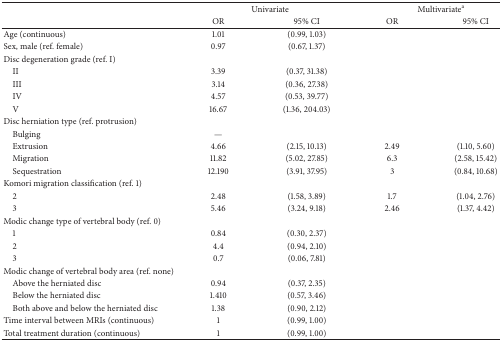
|  | <COLSPAN=2> Univariate | <COLSPAN=2> Multivariatea |
 |  | OR | 95% CI | OR | 95% CI |
 | --- | --- | --- | --- | --- |
 | Age (continuous) | 1.01 | (0.99, 1.03) |  |  |
 | Sex, male (ref. female) | 0.97 | (0.67, 1.37) |  |  |
 | <COLSPAN=5> Disc degeneration grade (ref. I) |
 | II | 3.39 | (0.37, 31.38) |  |  |
 | III | 3.14 | (0.36, 27.38) |  |  |
 | IV | 4.57 | (0.53, 39.77) |  |  |
 | V | 16.67 | (1.36, 204.03) |  |  |
 | <COLSPAN=5> Disc herniation type (ref. protrusion) |
 | Bulging | — |  |  |  |
 | Extrusion | 4.66 | (2.15, 10.13) | 2.49 | (1.10, 5.60) |
 | Migration | 11.82 | (5.02, 27.85) | 6.3 | (2.58, 15.42) |
 | Sequestration | 12.190 | (3.91, 37.95) | 3 | (0.84, 10.68) |
 | <COLSPAN=5> Komori migration classification (ref. 1) |
 | 2 | 2.48 | (1.58, 3.89) | 1.7 | (1.04, 2.76) |
 | 3 | 5.46 | (3.24, 9.18) | 2.46 | (1.37, 4.42) |
 | <COLSPAN=5> Modic change type of vertebral body (ref. 0) |
 | 1 | 0.84 | (0.30, 2.37) |  |  |
 | 2 | 4.4 | (0.94, 2.10) |  |  |
 | 3 | 0.7 | (0.06, 7.81) |  |  |
 | <COLSPAN=5> Modic change of vertebral body area (ref. none) |
 | Above the herniated disc | 0.94 | (0.37, 2.35) |  |  |
 | Below the herniated disc | 1.410 | (0.57, 3.46) |  |  |
 | Both above and below the herniated disc | 1.38 | (0.90, 2.12) |  |  |
 | Time interval between MRIs (continuous) | 1 | (0.99, 1.00) |  |  |
 | Total treatment duration (continuous) | 1 | (0.99, 1.00) |  |  |